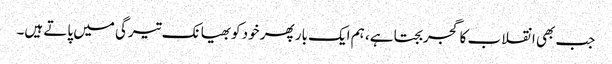
جب بھی انقلاب کا گجر بجتا ہے، ہم ایک بار پھر خود کوبھیانک تیرگی میں پاتے ہیں۔